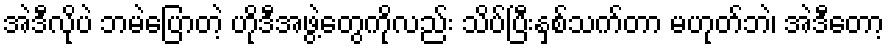
အဲဒီလိုပဲ ဘမဲပြောတဲ့ ဟိုဒီအဖွဲ့တွေကိုလည်း သိပ်ပြီးနှစ်သက်တာ မဟုတ်ဘဲ၊ အဲဒီတော့